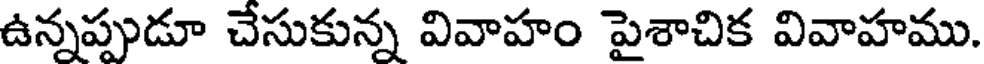
ఉన్నప్పుడూ చేసుకున్న వివాహం పైశాచిక వివాహము.